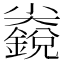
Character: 𱚬